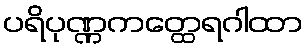
ပရိပုဏ္ဏကတ္ထေရဂါထာ